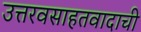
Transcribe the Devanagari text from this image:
उत्तरवसाहतवादाची